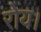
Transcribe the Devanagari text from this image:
रोय।